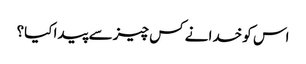
اس کو خدا نے کس چیز سے پیدا کیا؟